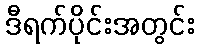
ဒီရက်ပိုင်းအတွင်း